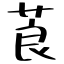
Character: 莨